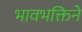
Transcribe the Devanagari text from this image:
भावभक्तिने